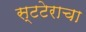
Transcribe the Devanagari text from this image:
स्टटेराचा